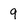
Character: 9